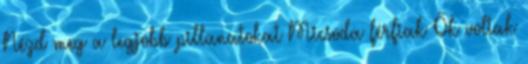
Nézd meg a legjobb pillanatokat Micsoda férfiak Ők voltak